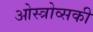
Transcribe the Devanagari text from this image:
ओस्त्रोव्सकी